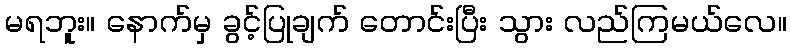
မရဘူး။ နောက်မှ ခွင့်ပြုချက် တောင်းပြီး သွား လည်ကြမယ်လေ။